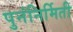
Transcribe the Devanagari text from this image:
पुनंनिर्मिती